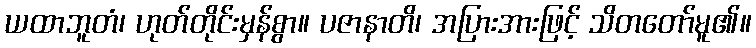
ယထာဘူတံ၊ ဟုတ်တိုင်းမှန်စွာ။ ပဇာနာတိ၊ အပြားအားဖြင့် သိတတော်မူ၏။